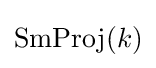
\operatorname {SmProj} (k)